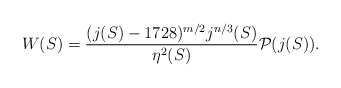
\begin{align*}W(S) = \frac{(j(S)-1728)^{m/2} j^{n/3}(S) }{\eta^2(S)}{\cal P}(j(S)).\end{align*}